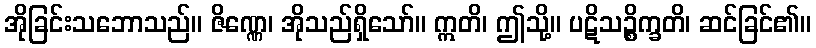
အိုခြင်းသဘောသည်။ ဇိဏ္ဏေ၊ အိုသည်ရှိသော်။ ဣတိ၊ ဤသို့။ ပဋိသဉ္စိက္ခတိ၊ ဆင်ခြင်၏။